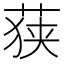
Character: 𮏶